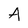
Character: A